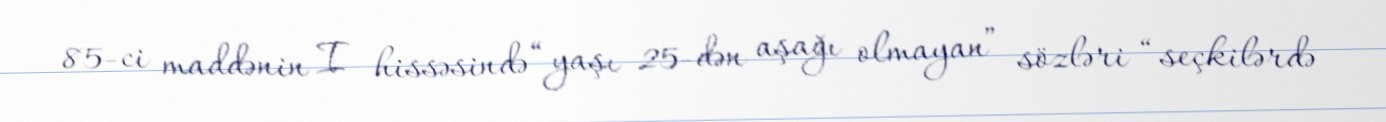
85-ci maddənin I hissəsində “yaşı 25-dən aşağı olmayan” sözləri “seçkilərdə